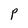
Character: P